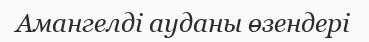
Амангелді ауданы өзендері